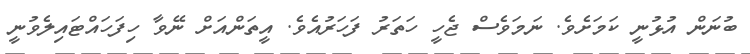
ބުނަން އުޅުނީ ކަމަށެވެ. ނަމަވެސް ޖެހީ ހަތަރު ފަހަރުއެވެ. އީތަންއަށް ނޭވާ ހިފަހައްޓައިލެވުނީ